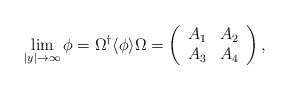
\begin{align*}\lim_{|y|\rightarrow\infty}\phi=\Omega^{\dagger}\langle\phi\rangle\Omega=\left(\begin{array}{cc}A_1&A_2\\A_3&A_4\end{array}\right),\end{align*}